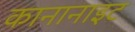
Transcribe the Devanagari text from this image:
कानानाइट